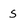
Character: S